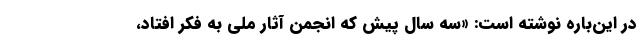
در این‌باره نوشته است: «سه سال پیش که انجمن آثار ملّی به فکر افتاد،